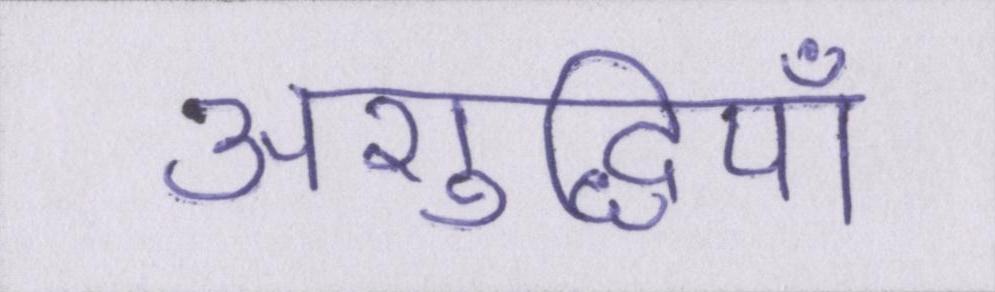
अशुद्धियाँ